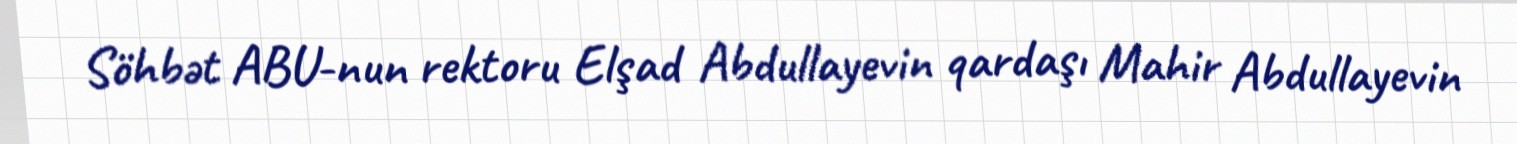
Söhbət ABU-nun rektoru Elşad Abdullayevin qardaşı Mahir Abdullayevin